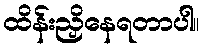
ထိန်းညှိနေရတာပါ။